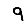
Digit: 9